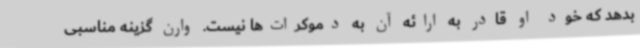
بدهد که خود او قادر به ارائه آن به دموکرات‌ها نیست. وارن گزینه مناسبی